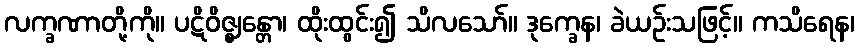
လက္ခဏာတို့ကို။ ပဋိဝိဇ္ဈန္တော၊ ထိုးထွင်း၍ သိလသော်။ ဒုက္ခေန၊ ခဲယဉ်းသဖြင့်။ ကသိရေန၊